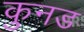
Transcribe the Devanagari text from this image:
कुनड